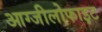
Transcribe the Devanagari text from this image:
आग्जीलोफाइट